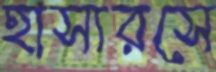
হাস্যরসে